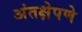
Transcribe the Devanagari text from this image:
अंतक्षेपणे